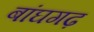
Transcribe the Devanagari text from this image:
बांघगढ़